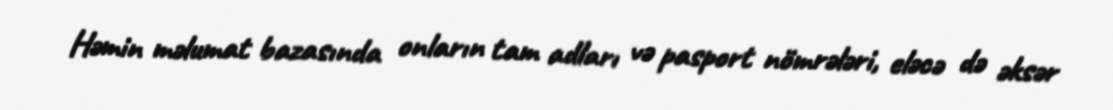
Həmin məlumat bazasında onların tam adları və pasport nömrələri, eləcə də əksər